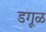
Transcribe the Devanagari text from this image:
डगूळ